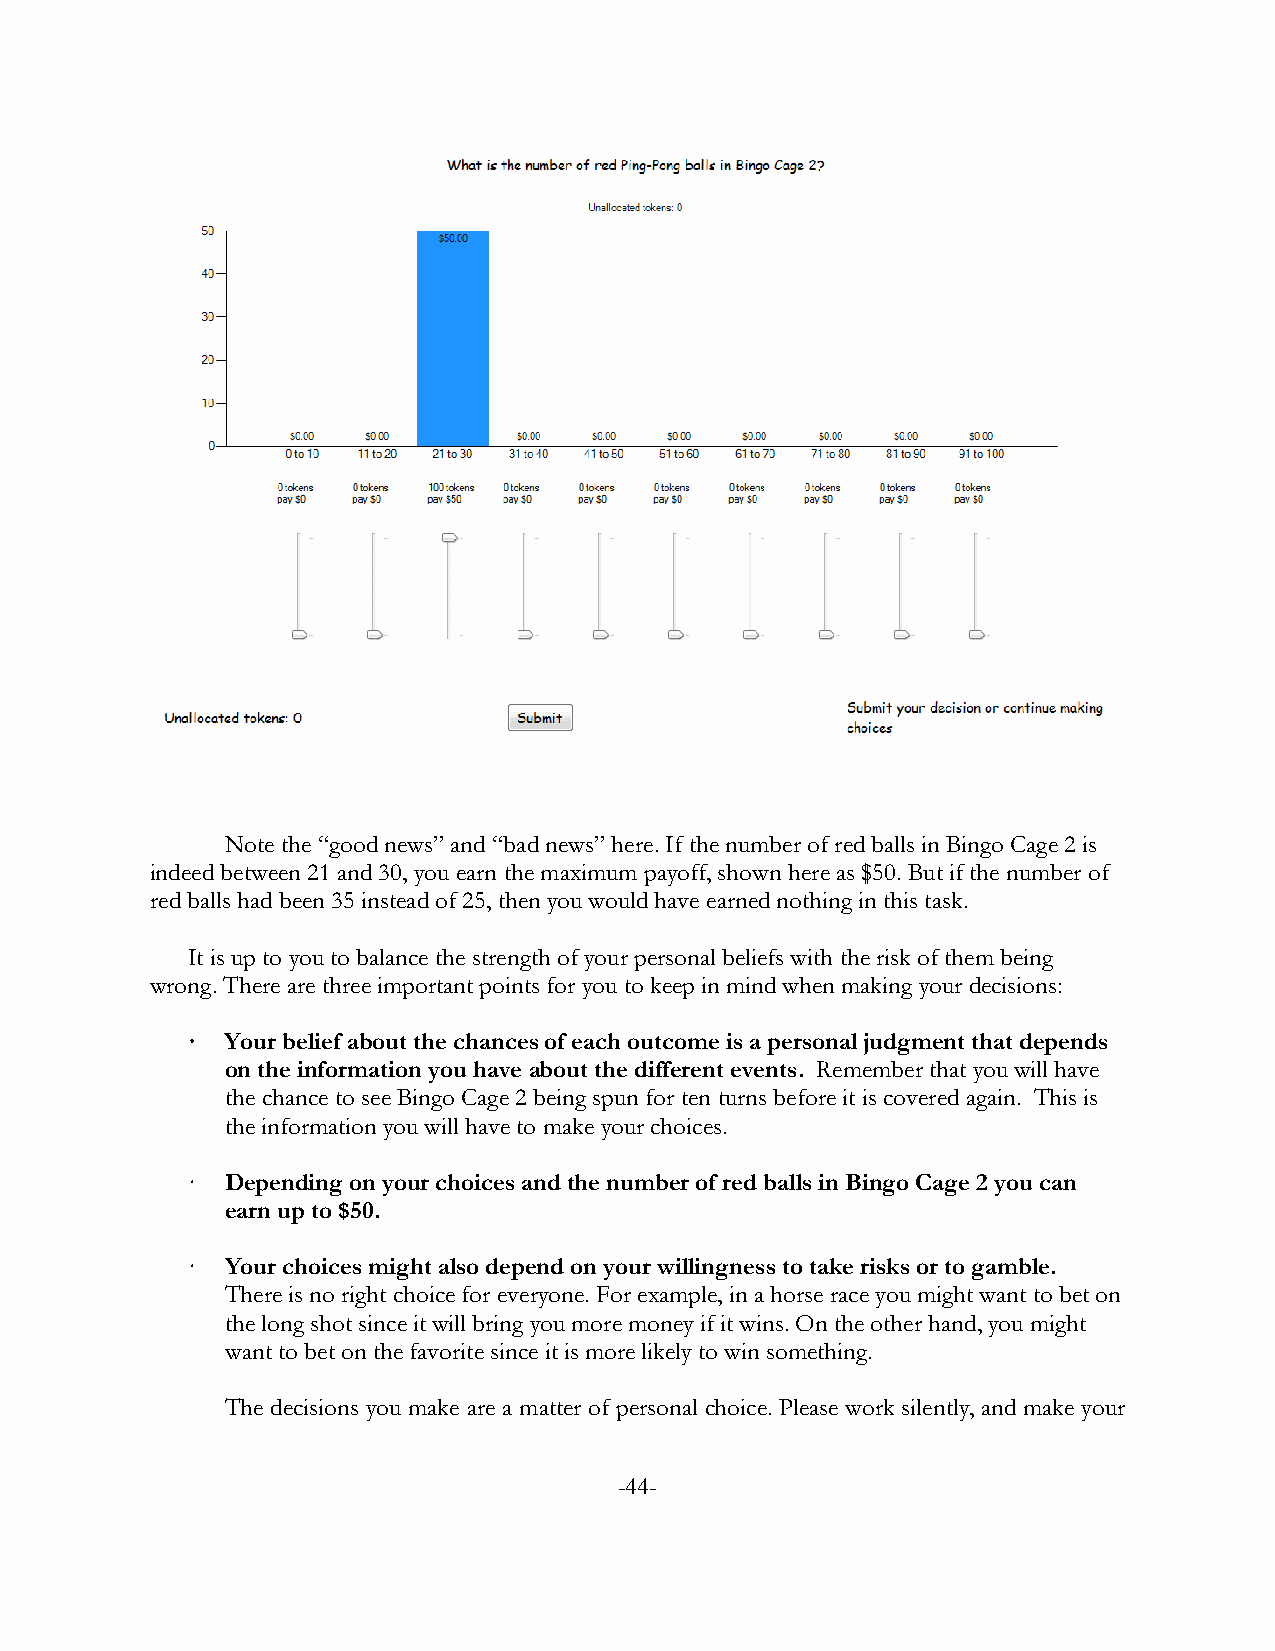
Note the “good news” and “bad news” here. If the number of red balls in Bingo Cage 2 is
 indeed between 21 and 30, you earn the maximum payoff, shown here as $50. But if the number of
 red balls had been 35 instead of 25, then you would have earned nothing in this task.
 It is up to you to balance the strength of your personal beliefs with the risk of them being
 wrong. There are three important points for you to keep in mind when making your decisions:
 ·  Your belief about the chances of each outcome is a personal judgment that depends
 on the information you have about the different events. Remember that you will have
 the chance to see Bingo Cage 2 being spun for ten turns before it is covered again. This is
 the information you will have to make your choices.
 ·  Depending on your choices and the number of red balls in Bingo Cage 2 you can
 earn up to $50.
 ·  Your choices might also depend on your willingness to take risks or to gamble.
 There is no right choice for everyone. For example, in a horse race you might want to bet on
 the long shot since it will bring you more money if it wins. On the other hand, you might
 want to bet on the favorite since it is more likely to win something.
 The decisions you make are a matter of personal choice. Please work silently, and make your
 -44-